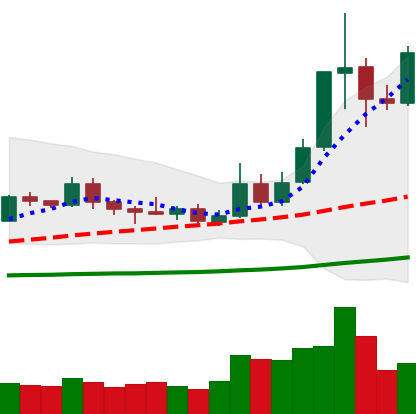
Ticker: ETC-USD
Chart end date: 2019-05-19
Forward return: -7.118%
Label: down_7plus